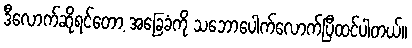
ဒီလောက်ဆိုရင်တော့ အခြေခံကို သဘောပေါက်လောက်ပြီထင်ပါတယ်။